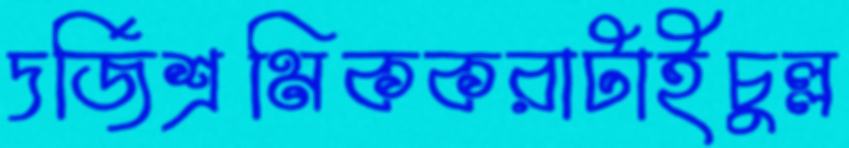
দর্জিশ্রমিককরাটাইচুল্ল